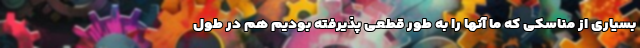
بسیاری از مناسکی که ما آنها را به طور قطعی پذیرفته بودیم هم در طول